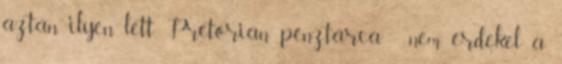
aztán ilyen lett. Pretorian pénztárca - nem érdekel a